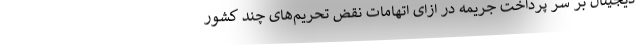
دیجیتال بر سر پرداخت جریمه در ازای اتهامات نقض تحریم‌های چند کشور